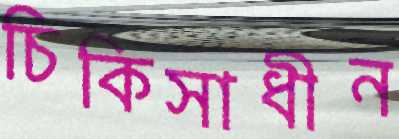
চিকিসাধীন